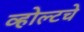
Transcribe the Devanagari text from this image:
व्होल्टचे